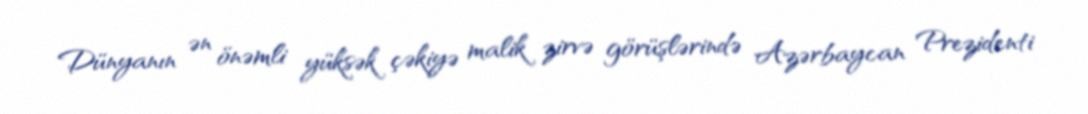
Dünyanın ən önəmli yüksək çəkiyə malik zirvə görüşlərində Azərbaycan Prezidenti